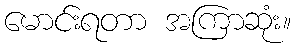
မောင်းရတာ အကြာဆုံး။